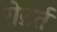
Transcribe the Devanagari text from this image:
रोब्रर्त